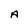
Character: A